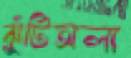
ঝুঁটিঅলা